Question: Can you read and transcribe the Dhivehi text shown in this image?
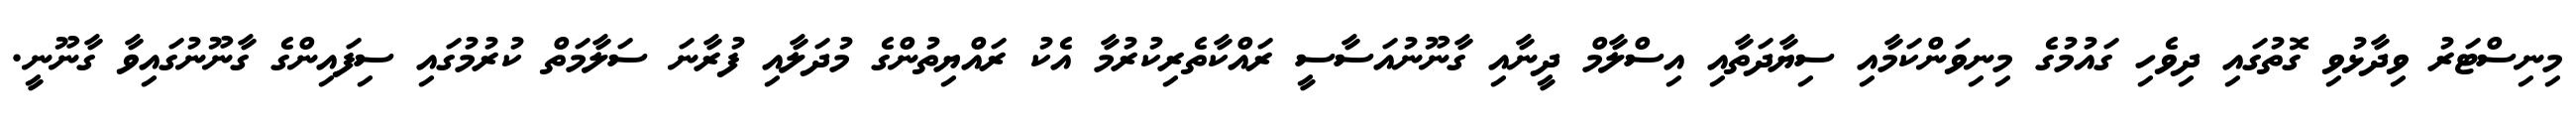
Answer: މިނިސްޓަރު ވިދާޅުވި ގޮތުގައި ދިވެހި ގައުމުގެ މިނިވަންކަމާއި ސިޔާދަތާއި އިސްލާމް ދީނާއި ގާނޫނުއަސާސީ ރައްކާތެރިކުރުމާ އެކު ރައްޔިތުންގެ މުދަލާއި ފުރާނަ ސަލާމަތް ކުރުމުގައި ސިފައިންގެ ގާނޫނުގައިވާ ގާނޫނީ.